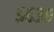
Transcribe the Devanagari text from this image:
५६३९